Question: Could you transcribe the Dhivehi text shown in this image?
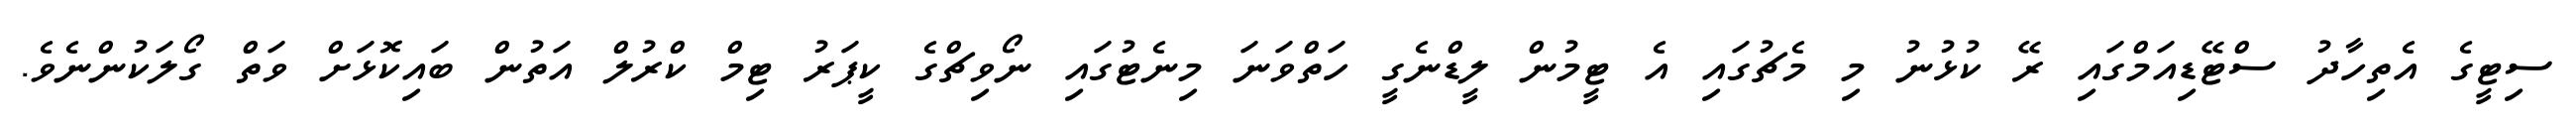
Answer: ސިޓީގެ އެތިހާދު ސްޓޭޑިއަމްގައި ރޭ ކުޅުނު މި މެޗުގައި އެ ޓީމުން ލީޑްނެގީ ހަތްވަނަ މިނެޓުގައި ނޯވިޗްގެ ކީޕަރު ޓިމް ކްރުލް އަތުން ބައިކޮޅަށް ވަތް ގޯލަކުންނެވެ.